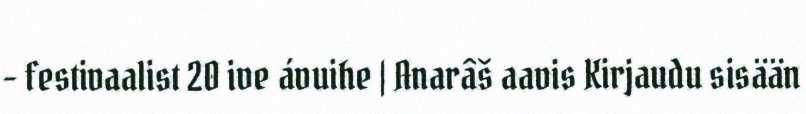
– festivaalist 20 ive ávuihe | Anarâš aavis Kirjaudu sisään